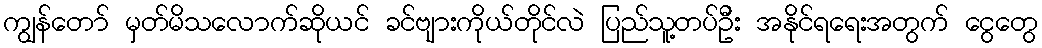
ကျွန်တော် မှတ်မိသလောက်ဆိုယင် ခင်ဗျားကိုယ်တိုင်လဲ ပြည်သူ့တပ်ဦး အနိုင်ရရေးအတွက် ငွေတွေ